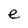
Character: e